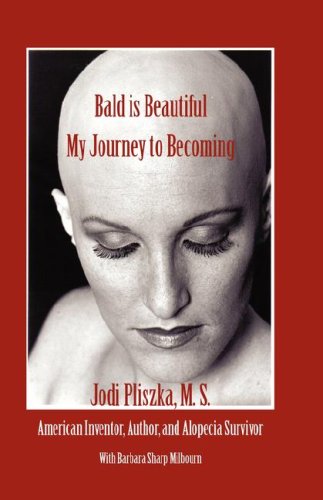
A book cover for Bald Is Beautiful --- My Journey to Becoming; Jodi Pliszka; Health, Fitness & Dieting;